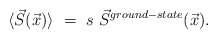
\begin{align*}\langle \vec{S}(\vec{x}) \rangle ~ = ~s ~ \vec{S}^{ground-state}(\vec{x}).\end{align*}